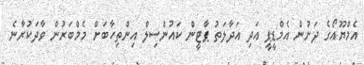
އެމްޔޫއޯގެ ދަށުން އެމްޑީޕީ އަދި އަދާލަތު ޕާޓީން ކައުންސިލް އިންތިހާބަށް މެމްބަރުން ވާދަކުރާނެ